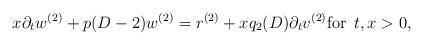
LaTeX: \begin{align*}x \partial_t w^{(2)} + p(D-2) w^{(2)} = r^{(2)} + x q_2(D) \partial_t v^{(2)} \mbox{for } \, t, x > 0,\end{align*}